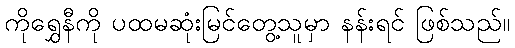
ကိုရွှေနီကို ပထမဆုံးမြင်တွေ့သူမှာ နန်းရင် ဖြစ်သည်။